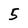
Character: 5